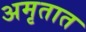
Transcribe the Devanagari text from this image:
अमृतात